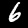
Label: 6